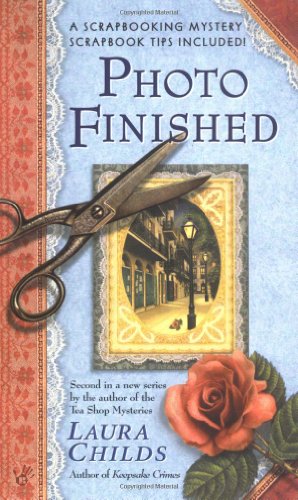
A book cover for Photo Finished (A Scrapbooking Mystery); Laura Childs; Crafts, Hobbies & Home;